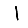
Digit: 1